Assam Mental Hospital (Tezpur, India) - 1933-1948
Year: 1933
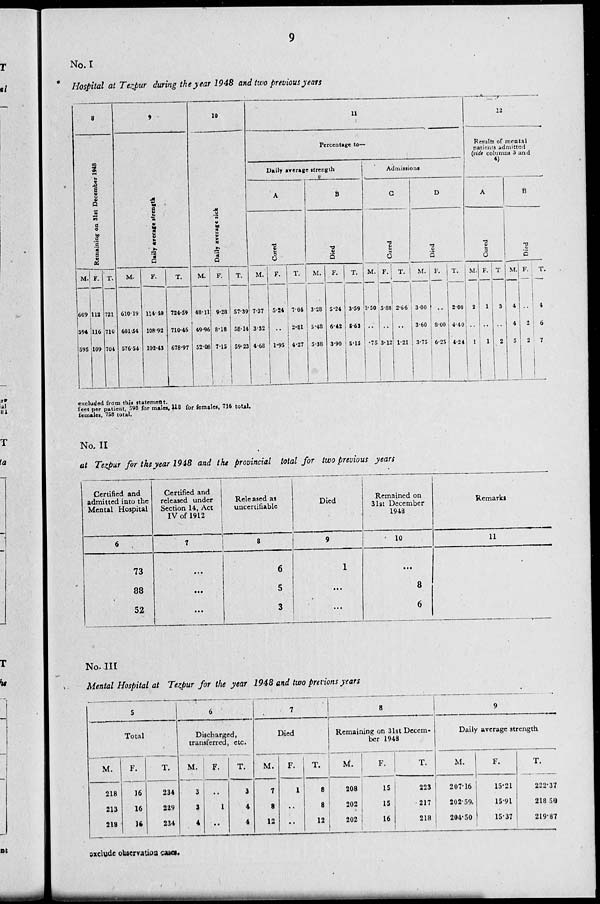
9
No. I
Hospital at Tezpur during the year 1948 and two previous years
8
Remaining on 31st December 1948
M.
609
594
595
F.
112
116
109
T.
721
710
704
9
Daily average strength
M.
610.19
601.54
576.54
F.
114.40
108.92
102.43
T.
724.59
710.46
678.97
10
Daily average sick
M.
48.11
49.96
52.08
F.
9.28
8.18
7.15
T.
57.39
58.14
59.23
11
Percentage to—
Daily average strength
A
Cured
M.
7.37
3.32
4.68
F.
5.24
..
1.95
T.
7.04
2.81
4.27
B
Died
M.
3.28
5.48
5.38
F.
5.24
6.42
3.90
T.
3.59
5.63
5.13
Admissions
C
Cured
M.
1.50
..
.75
F.
5.88
..
3.12
T.
2.66
..
1.21
D
Died
M.
3.00
3.60
3.75
F.
..
8.00
6.25
T.
2.00
4.40
4.24
12
Results of mental
patients admitted
(vide columns 3 and
4)
A
Cured
M.
2
..
1
F.
1
..
1
T
3
..
2
B
Died
M.
4
4
5
F.
..
2
2
T.
4
6
7
excluded from this statement.
feet per patient, 598 for males, 118 for females, 716 total.
females, 758 total.
No. II
at Tezpur for the year 1948 and the provincial total for two previous years
Certified and
admitted into the
Mental Hospital
6
73
88
52
Certified and
released under
Section 14, Act
IV of 1912
7
...
...
...
Released as
uncertifiable
8
6
5
3
Died
9
1
...
...
Remained on
31st December
1948
10
...
8
6
Remarks
11
No. III
Mental Hospital at Tezpur for the year 1948 and two previous years
5
Total
M.
218
213
218
F.
16
16
16
T.
234
229
234
6
Discharged,
transferred, etc.
M.
3
3
4
F.
..
1
..
T.
3
4
4
7
Died
M.
7
8
12
F.
1
..
..
T.
8
8
12
8
Remaining on 31st Decem-
ber 1948
M.
208
202
202
F.
15
15
16
T.
223
217
218
9
Daily average strength
M.
207.16
202.59.
204.50
F.
15.21
15.91
15.37
T.
222.37
218.50
219.87
exclude observation cases.